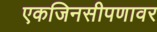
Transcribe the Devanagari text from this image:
एकजिनसीपणावर